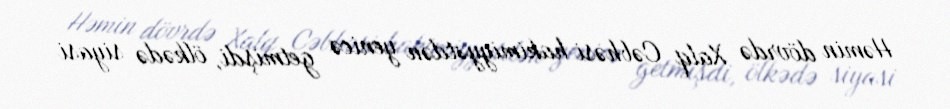
Həmin dövrdə Xalq Cəbhəsi hakimiyyətdən yenicə getmişdi, ölkədə siyasi